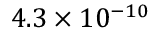
4 . 3 \times 1 0 ^ { - 1 0 }